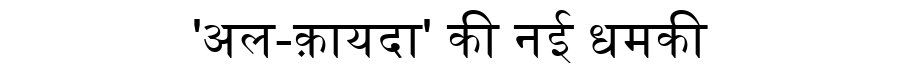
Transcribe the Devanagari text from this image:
'अल-क़ायदा' की नई धमकी